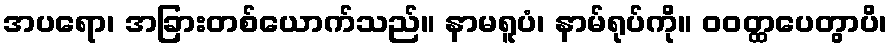
အပရော၊ အခြားတစ်ယောက်သည်။ နာမရူပံ၊ နာမ်ရုပ်ကို။ ဝဝတ္ထပေတွာပိ၊